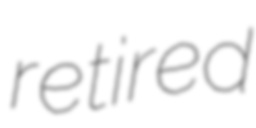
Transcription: retired